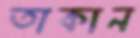
তাকান